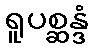
ရူပစ္ဆန္ဒံ